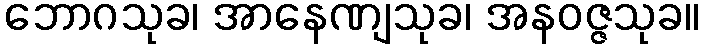
ဘောဂသုခ၊ အာနေဏျသုခ၊ အနဝဇ္ဇသုခ။